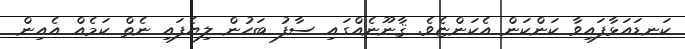
ކަނޑައަޅާފައިވާ ކަންކަން އެކަންޏެވެ. ޤާނޫނެއްގައި ސާފު ބަހުން ލިޔެފައި ނެތް ކަމެއް އެއިން